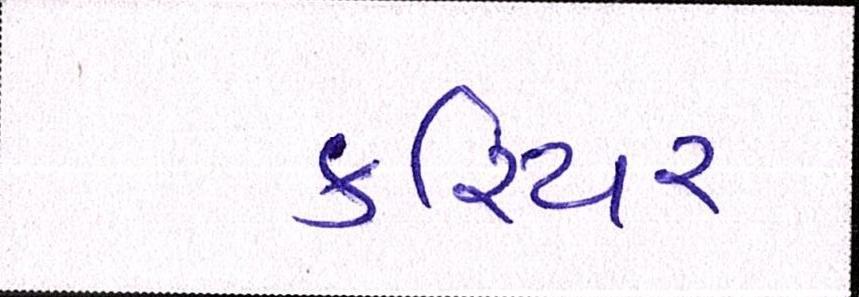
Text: કરિયર